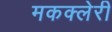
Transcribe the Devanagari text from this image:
मकक्लेरी